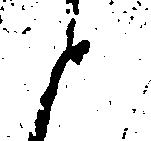
と